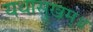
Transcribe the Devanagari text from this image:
यथासुखम्॥